Vaccination in the Punjab 1867-1880 - 1867-1880
Year: 1867
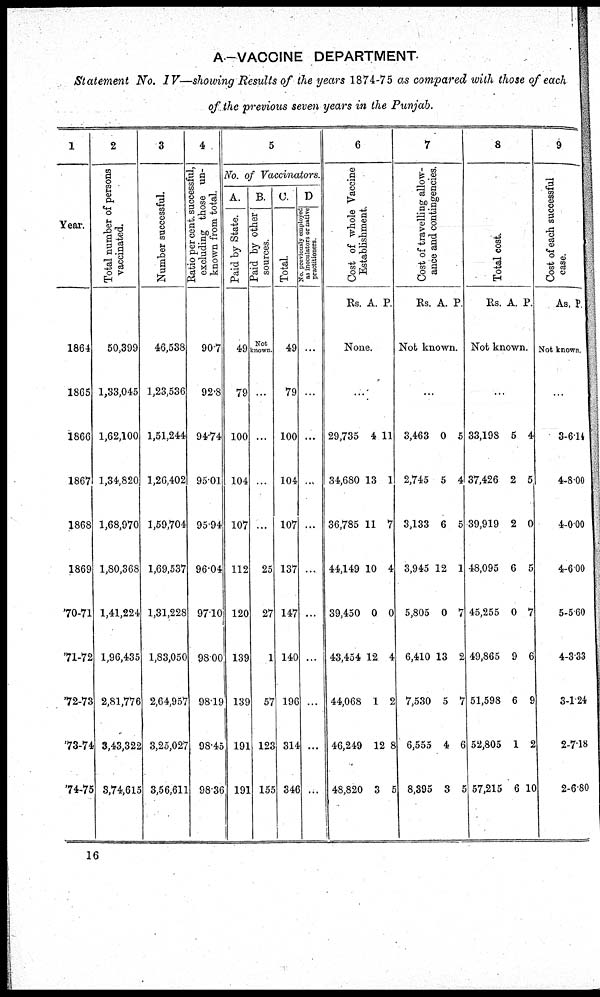
A.—VACCINE DEPARTMENT.
Statement No. IV—showing Results of the years 1874-75 as compared with those of each
of the previous seven years in the Punjab.
1
Year.
1864
1865
1866
1867
1868
1869
70-71
71-72
72-73
73-74
74-75
2
Total number of persons
vaccinated.
50,399
1,33,045
1,62,100
1,34,820
1,68,970
1,80,368
1,41,224
1,96,435
2,81,776
3,43,322
3,74,615
3
Number successful.
46,538
1,23,536
1,51,244
1,26,402
1,59,704
1,69,537
1,31,228
1,83,050
2,64,957
3,25,027
3,56,611
4
Ratio per cent. successlul,
excluding those un-
known from total.
90.7
92.8
94.74
95.01
95.94
96.04
97.10
98.00
98.19
98.45
98.36
5
No. of Vaccinators.
A.
Paid by State.
49
79
100
104
107
112
120
139
139
191
191
B.
Paid by other
sources.
Not
known.
...
...
...
...
25
27
1
57
123
155
C.
Total.
49
79
100
104
107
137
147
140
196
314
346
D
No. previously employed
as inoculators or native
practitioners.
...
...
...
...
...
...
...
...
...
...
...
6
Cost of whole Vaccine
Establishment.
Rs. A. P.
None.
...
29,735
34,680
36,785
44,149
39,450
43,454
44,068
46,249
48,820
4
13
11
10
0
12
1
11
1
7
4
0
4
2
12 8
3 5
7
Cost of travelling allow-
ance and contingencies.
Rs. A. P.
Not known.
...
3,463
2,745
3,133
3,945
5,805
6,410
7,530
6,555
8,395
0
5
6
12
0
13
5
4
3
5
4
5
1
7
2
7
6
5
8
Total cost.
Rs. A. P.
Not known.
...
33,198
37,426
39,919
48,095
45,255
49,865
51,598
52,805
57,215
5
2
2
6
0
9
6
1
6
4
5
0
5
7
6
9
2
10
9
Cost of each successful
case.
As . P.
Not known.
...
3
4
4
4
5
4
3
2
2
6.14
8.00
0.00
6.00
5.60
3.33
1.24
7.18
6.80
16